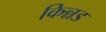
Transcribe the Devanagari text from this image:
किन्नड